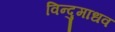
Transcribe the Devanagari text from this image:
विन्दुमाधव